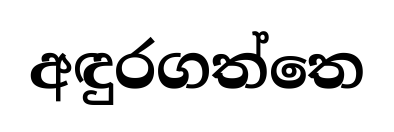
අඳුරගත්තෙ